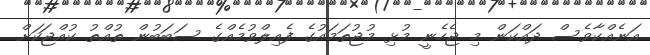
އަނެއްކާވެސް ދައްކަން މި ޖެހެނީ މުޅި މުޖުތަމައުގެ ފެއިލްވުމެއްގެ ސަބަބުން ތުއްތު ކުއްޖަކަށް